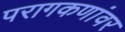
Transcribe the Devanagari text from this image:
परागकणांवर